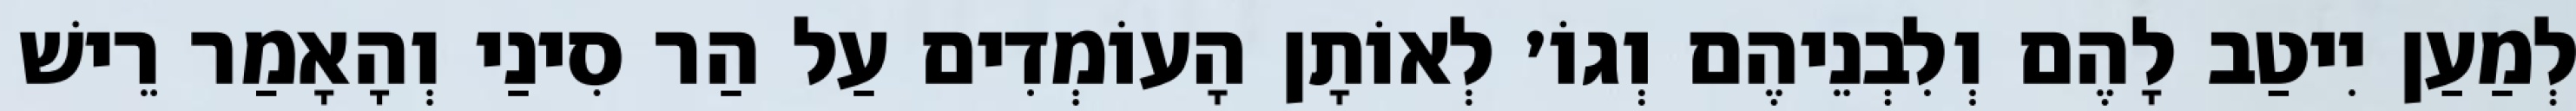
לְמַעַן יִיטַב לָהֶם וְלִבְנֵיהֶם וְגוֹ׳ לְאוֹתָן הָעוֹמְדִים עַל הַר סִינַי וְהָאָמַר רֵישׁ